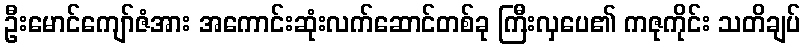
ဦးမောင်ကျော်ဇံအား အကောင်းဆုံးလက်ဆောင်တစ်ခု ကြီးလှပေ၏ ကဇုကိုင်း သတိချပ်